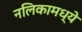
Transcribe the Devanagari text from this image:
नलिकामध्ये